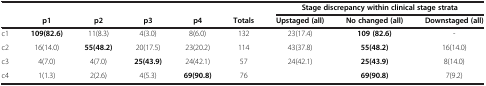
<table><thead><tr><td><b> </b></td><td><b> </b></td><td><b> </b></td><td><b> </b></td><td><b> </b></td><td><b> </b></td><td colspan="3"><b>Stage discrepancy within clinical stage strata</b></td></tr><tr><td><b> </b></td><td><b>p1</b></td><td><b>p2</b></td><td><b>p3</b></td><td><b>p4</b></td><td><b>Totals</b></td><td><b>Upstaged (all)</b></td><td><b>No changed (all)</b></td><td><b>Downstaged (all)</b></td></tr></thead><tbody><tr><td>c1</td><td><b>109(82.6)</b></td><td>11(8.3)</td><td>4(3.0)</td><td>8(6.0)</td><td>132</td><td>23(17.4)</td><td><b>109 (82.6)</b></td><td>-</td></tr><tr><td>c2</td><td>16(14.0)</td><td><b>55(48.2)</b></td><td>20(17.5)</td><td>23(20.2)</td><td>114</td><td>43(37.8)</td><td><b>55(48.2)</b></td><td>16(14.0)</td></tr><tr><td>c3</td><td>4(7.0)</td><td>4(7.0)</td><td><b>25(43.9)</b></td><td>24(42.1)</td><td>57</td><td>24(42.1)</td><td><b>25(43.9)</b></td><td>8(14.0)</td></tr><tr><td>c4</td><td>1(1.3)</td><td>2(2.6)</td><td>4(5.3)</td><td><b>69(90.8)</b></td><td>76</td><td> </td><td><b>69(90.8)</b></td><td>7(9.2)</td></tr></tbody></table>